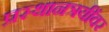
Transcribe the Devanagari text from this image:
प्रस्थानत्रयींवर